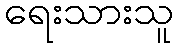
ရေးသားသူ